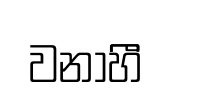
වනාහිී